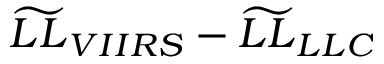
\widetilde { L L } _ { V I I R S } - \widetilde { L L } _ { L L C }